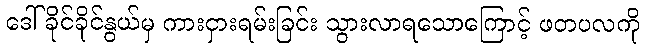
ဒေါ်ခိုင်ခိုင်နွယ်မှ ကားငှားရမ်းခြင်း သွားလာရသောကြောင့် ဖတပလကို